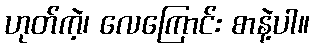
ဟုတ်ကဲ့၊ လေကြောင်း စာနဲ့ပါ။